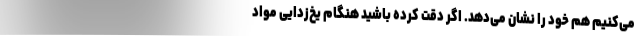
می‌کنیم هم خود را نشان می‌دهد. اگر دقت کرده باشید هنگام یخ‌زدایی مواد